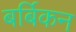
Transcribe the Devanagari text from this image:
बर्बिकन